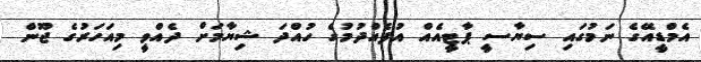
އެމްޑީއޭގެ ނަމުގައި ސިޔާސީ ޕާޓީއެއް އުފެއްދުމުގެ ހުއްދަ ޝިޔާމަށް ދެއްވީ މިއަހަރުގެ ޖޫން